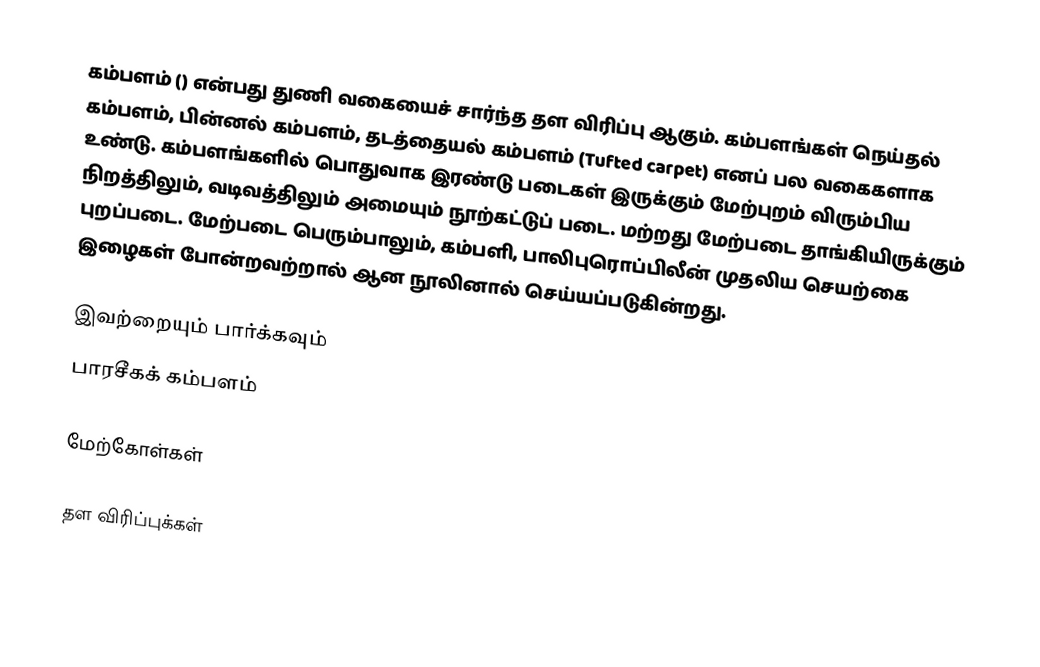
கம்பளம் () என்பது துணி வகையைச் சார்ந்த தள விரிப்பு ஆகும். கம்பளங்கள் நெய்தல் கம்பளம், பின்னல் கம்பளம், தடத்தையல் கம்பளம் (Tufted carpet) எனப் பல வகைகளாக உண்டு. கம்பளங்களில் பொதுவாக இரண்டு படைகள் இருக்கும் மேற்புறம் விரும்பிய நிறத்திலும், வடிவத்திலும் அமையும் நூற்கட்டுப் படை. மற்றது மேற்படை தாங்கியிருக்கும் புறப்படை. மேற்படை பெரும்பாலும், கம்பளி, பாலிபுரொப்பிலீன் முதலிய செயற்கை இழைகள் போன்றவற்றால் ஆன நூலினால் செய்யப்படுகின்றது.

இவற்றையும் பார்க்கவும்
 பாரசீகக் கம்பளம்

மேற்கோள்கள்

தள விரிப்புக்கள்